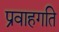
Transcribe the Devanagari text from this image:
प्रवाहगति